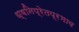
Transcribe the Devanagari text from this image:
ध्वनिप्रेतप्रभाव